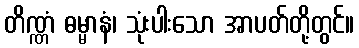
တိဏ္ဏံ ဓမ္မာနံ၊ သုံးပါးသော အာပတ်တို့တွင်။